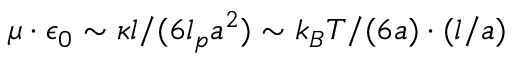
\mu \cdot \epsilon _ { 0 } \sim \kappa l / ( 6 l _ { p } a ^ { 2 } ) \sim k _ { B } T / ( 6 a ) \cdot ( l / a )